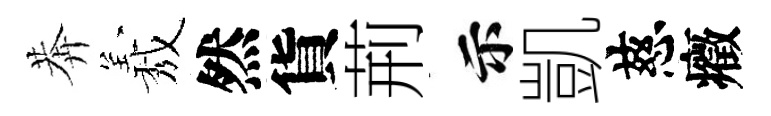
莾𦏁然貨荊示凱慈癥